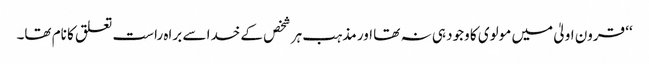
‘‘ قرون اولیٰ میں مولوی کا وجود ہی نہ تھا اور مذہب ہر شخص کے خدا سے براہ راست تعلق کا نام تھا۔